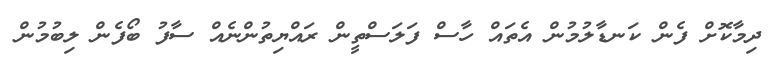
ދިމާކޮށް ފެން ކަނޑާލުމުން އެތައް ހާސް ފަލަސްތީން ރައްޔިތުންނެއް ސާފު ބޯފެން ލިބުމުން